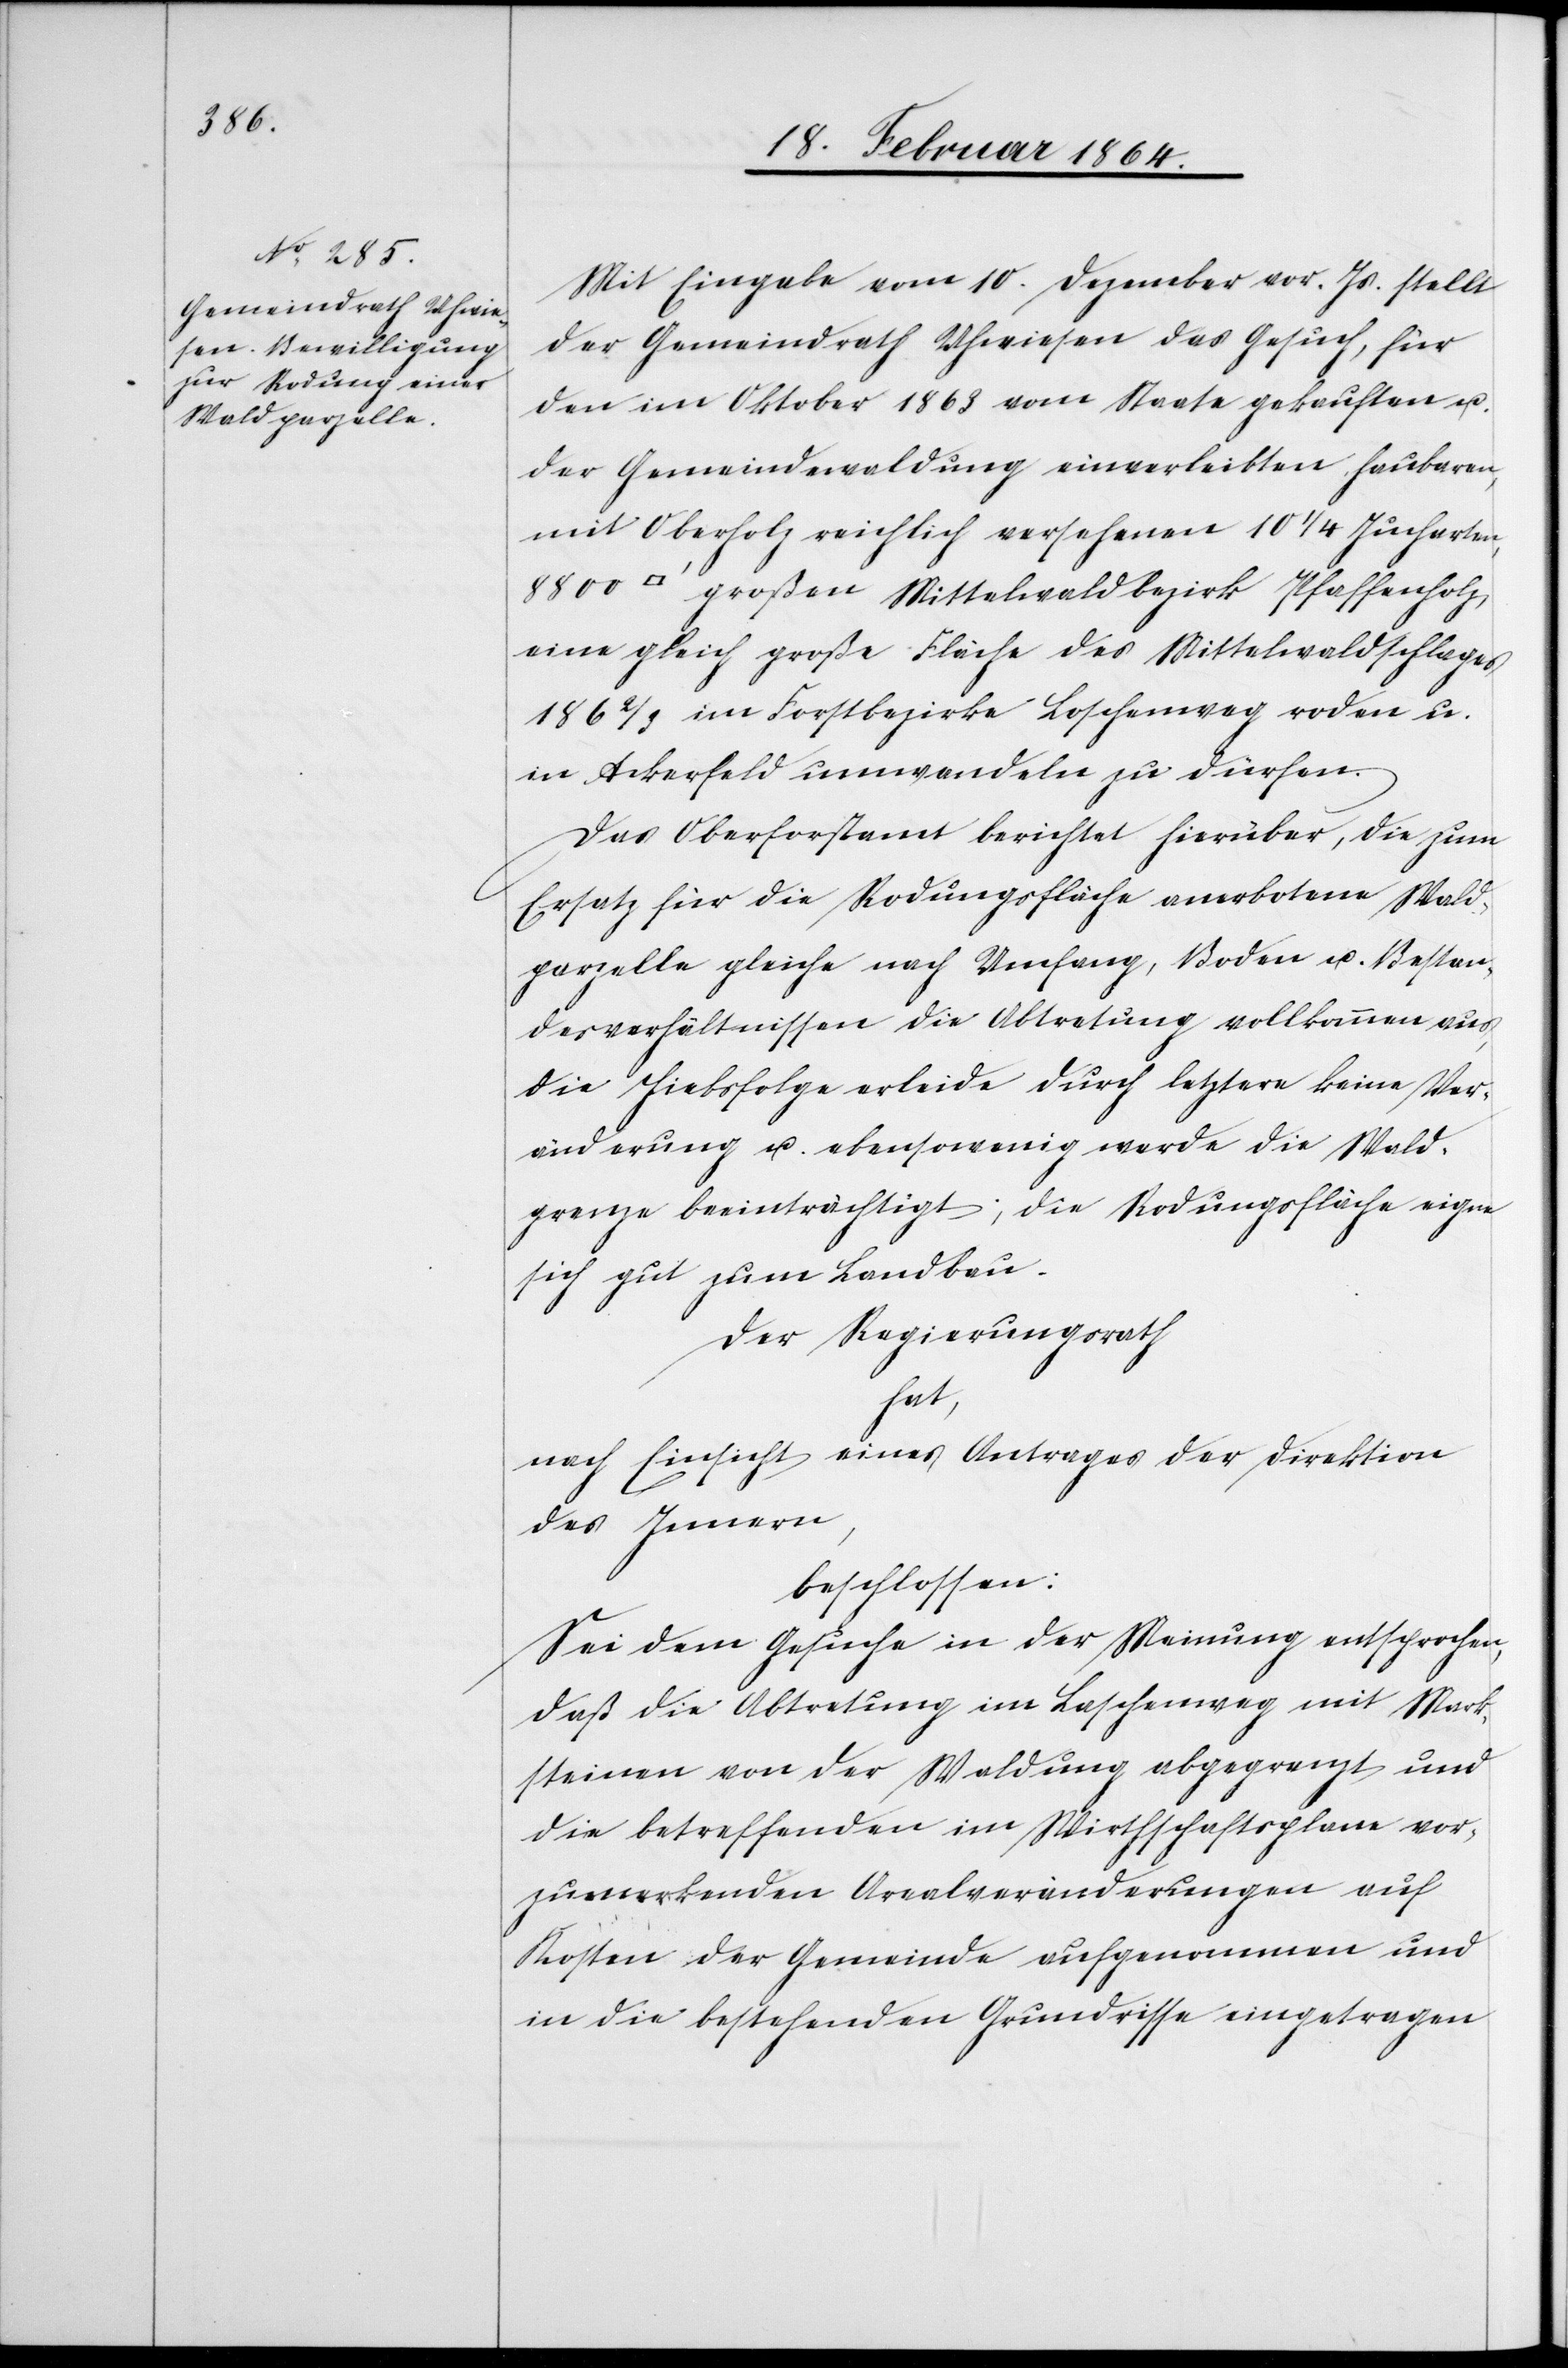
8800

Mit Eingabe vom 10. Dezember vor. Js. stellt
der Gemeindrath Uhwiesen das Gesuch, für
den im Oktober 1863 vom Staate gekauften u.
der Gemeindewaldung einverleibten haubaren,
mit Oberholz reichlich versehenen 10 1/4 Jucharten,
großen Mittelwaldbezirk Pfaffenholz,
eine gleich große Fläche des Mittelwaldschlages
186 2/3 im Forstbezirke Loschenweg roden u.
in Ackerfeld umwandeln zu dürfen.
Das Oberforstamt berichtet hierüber, die zum
Ersatz für die Rodungsfläche anerbotene Wald¬
parzelle gleiche nach Umfang, Boden u. Bestan¬
desverhältnissen die Abtretung vollkommen aus,
die Hiebsfolge erleide durch letztere keine Ver¬
änderung u. ebensowenig werde die Wald¬
grenze beeinträchtigt; die Rodungsfläche eigne
sich gut zum Landbau.
Der Regierungsrath
hat,
nach Einsicht eines Antrages der Direktion
des Innern,
beschlossen:
Sei dem Gesuche in der Meinung entsprochen,
daß die Abtretung im Laschenweg mit Mark¬
steinen von der Waldung abgegrenzt und
die betreffenden im Wirthschaftsplane vor¬
zumerkenden Arealveränderungen auf
Kosten der Gemeinde aufgenommen und
in die bestehenden Grundrisse eingetragen